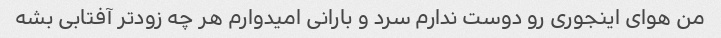
من هوای اینجوری رو دوست ندارم سرد و بارانی امیدوارم هر چه زودتر آفتابی بشه